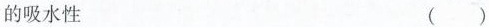
的吸水性 ( )